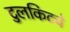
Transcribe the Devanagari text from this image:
टुलकिटचे